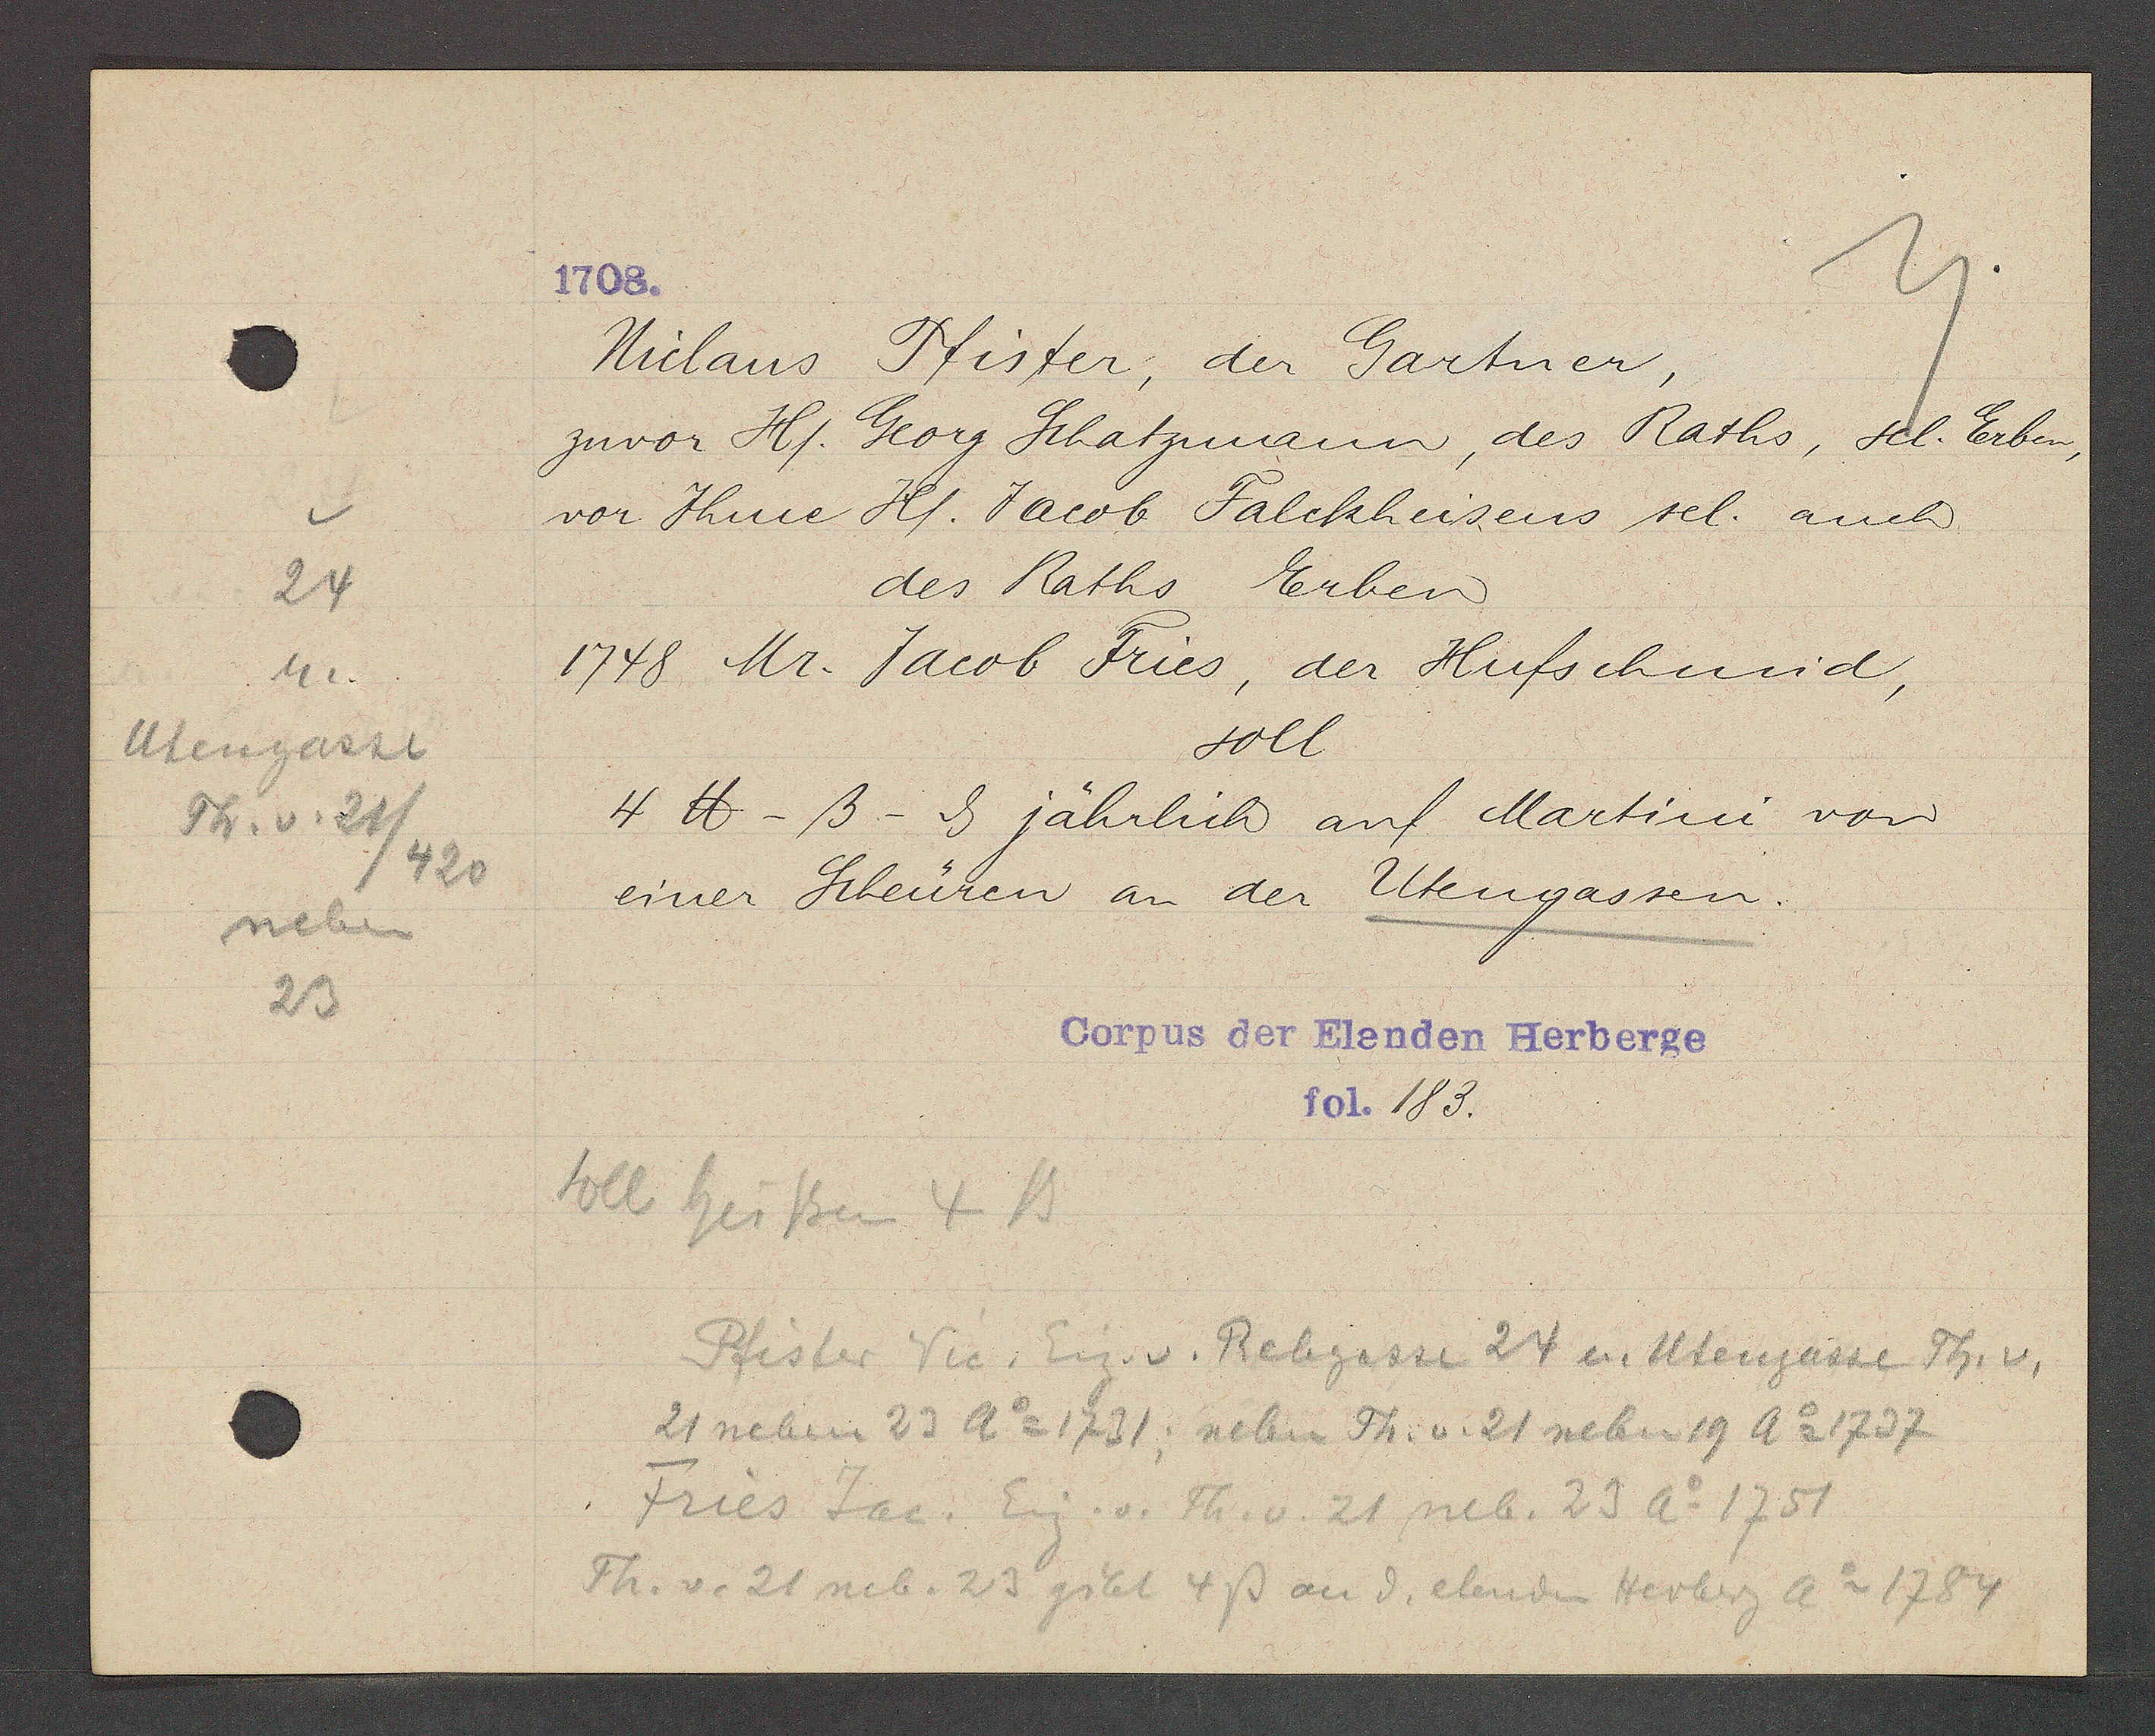
Transcript:
24
n.
Utengasse
Th. v. 21/
/420
neben
23

1708.

Niclaus Pfister, der Gartner,
zuvor Hl. Georg Schatzmann, des Raths, sel. Erben,
vor Ihme Hl. Jacob Falckheisens sel. auch
des Raths Erben
1748 Mr. Jacob Fries, der Hufschmid,
soll
4℔ -ß- ȡ jährlich auf Martini von
einer Scheüren an der Utengassen.

Corpus der Elenden Herberge
fol. 183.

soll heissen 4 ß
Pfister Vic. Eig. v. Rebgasse 24 u. Utengasse Th. v.
21 neben 23 Ao 1731; neben Th. v. 21 neben 19 Ao 1737
Fries Jac. Eig. v. Th. v. 21 neb. 23 Ao 1751
Th. v. 21 neb. 23 gibt 4ß an d. elenden Herberg Ao 1784